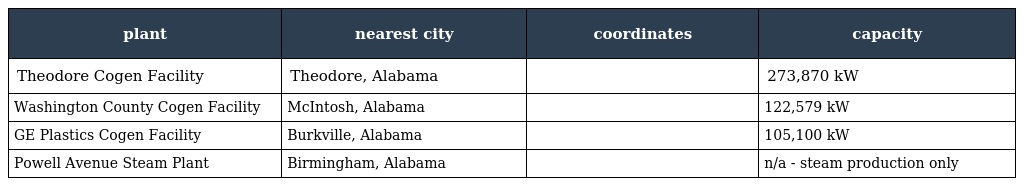
| plant | nearest city | coordinates | capacity |
 | --- | --- | --- | --- |
 | Theodore Cogen Facility | Theodore, Alabama |  | 273,870 kW |
 | Washington County Cogen Facility | McIntosh, Alabama |  | 122,579 kW |
 | GE Plastics Cogen Facility | Burkville, Alabama |  | 105,100 kW |
 | Powell Avenue Steam Plant | Birmingham, Alabama |  | n/a - steam production only |